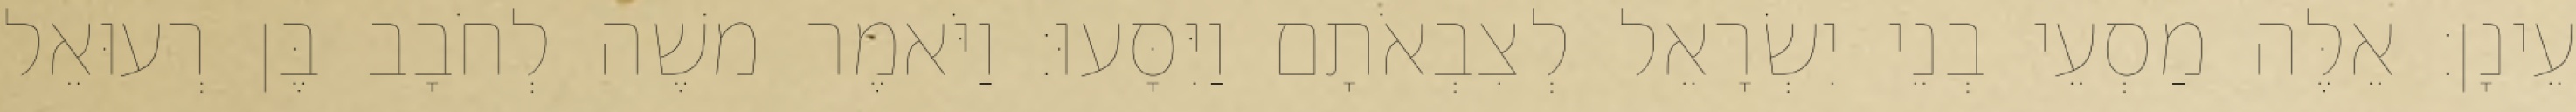
עֵינָן׃ אֵלֶּה מַסְעֵי בְנֵי יִשְׂרָאֵל לְצִבְאֹתָם וַיִּסָּעוּ׃ וַיֹּאמֶר משֶׁה לְחֹבָב בֶּן רְעוּאֵל